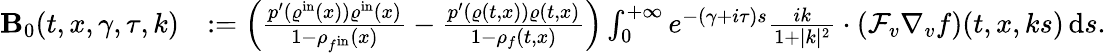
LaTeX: \begin{array}{rl}{\mathbf{B}_{0}(t,x,\gamma,\tau,k)}&{:=\left(\frac{p^{\prime}(\varrho^{\mathrm{in}}(x))\varrho^{\mathrm{in}}(x)}{1-\rho_{f^{\mathrm{in}}}(x)}-\frac{p^{\prime}(\varrho(t,x))\varrho(t,x)}{1-\rho_{f}(t,x)}\right)\int_{0}^{+\infty}e^{-(\gamma+i\tau)s}\frac{ik}{1+\vert k\vert^{2}}\cdot\left(\mathcal{F}_{v}\nabla_{v}f\right)(t,x,ks)\, \mathrm{d}s.}\end{array}